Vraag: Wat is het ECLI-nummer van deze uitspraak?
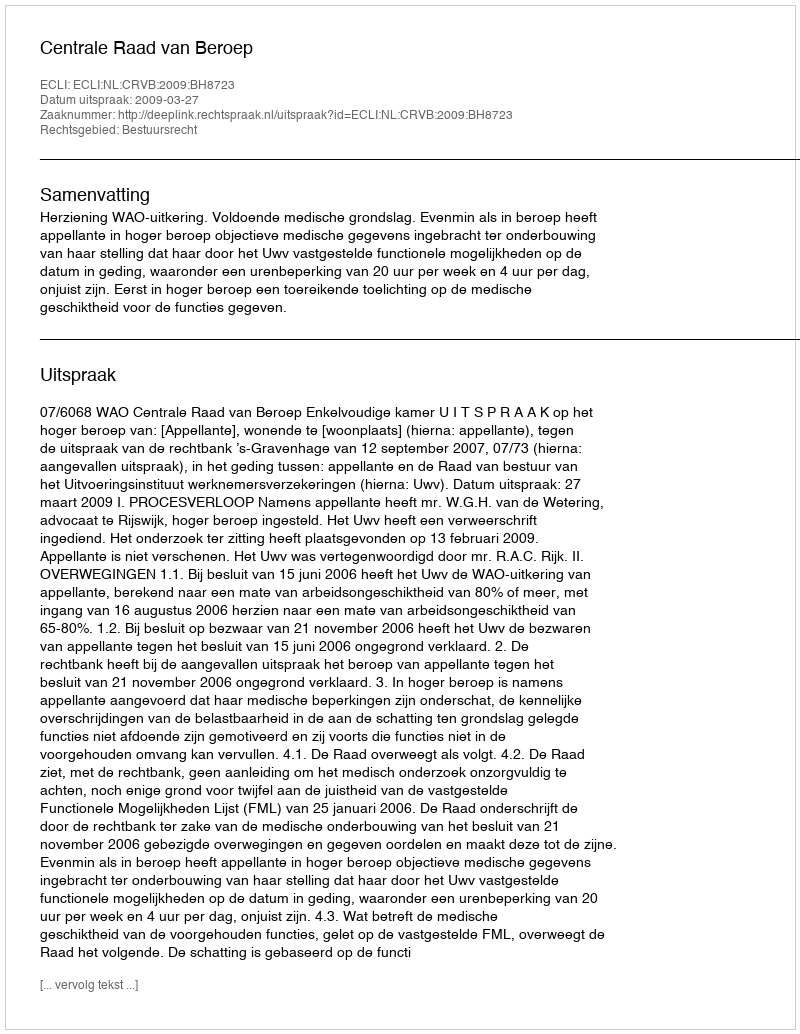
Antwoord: ECLI:NL:CRVB:2009:BH8723